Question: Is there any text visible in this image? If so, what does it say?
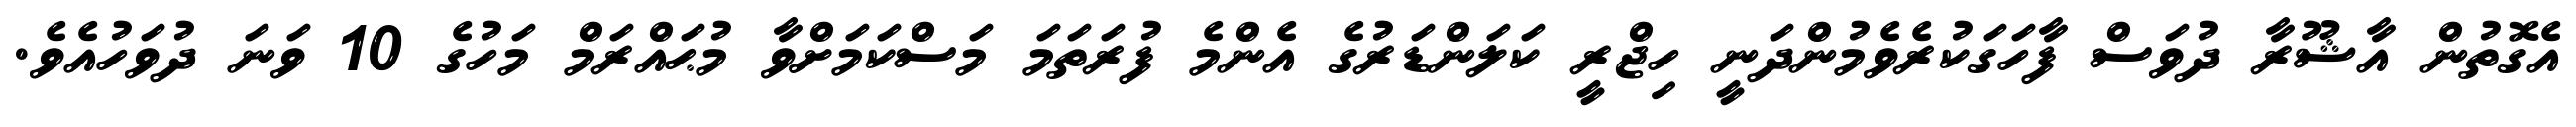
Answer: އެގޮތުން އާޝޫރާ ދުވަސް ފާހަގަކުރެވެމުންދަނީ ހިޖްރީ ކަލަންޑަރުގެ އެންމެ ފުރަތަމަ މަސްކަމަށްވާ މުޙައްރަމް މަހުގެ 10 ވަނަ ދުވަހުއެވެ.